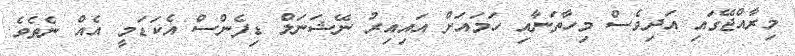
މިރާއްޖޭގައި އަދިވެސް މިހާތަނާއި ހަމައަށް އައިއިރު ނޭޝަނަލް ޑިފެންސް އެކަޑަމީ އެއް ނެތެވެ.